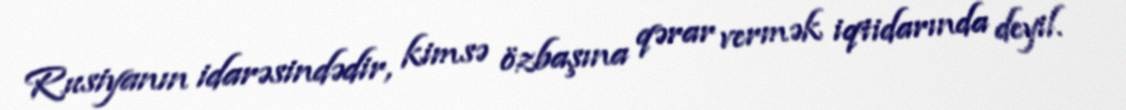
Rusiyanın idarəsindədir, kimsə özbaşına qərar vermək iqtidarında deyil.